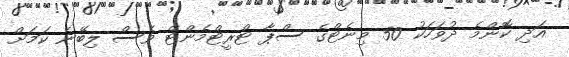
އަދި ކޮންމެ ދުވަހަކު 50 މިނެޓްގެ ސްޕާ ޓްރީޓްމެންޓް ވެސް ލިބޭނެ ކަމަށް